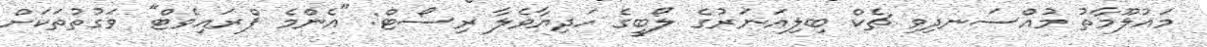
މައުލޫމާތު މުއްސަނދިވި ޗެކް ބިލިއަނަރުގެ ލޯބީގެ ހަދިޔާވެލާ ރިސޯޓް: "އެންމެ ޕްރައިވެޓް" ވަގުތުތަކަށް